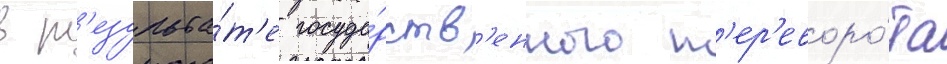
в р'езульта́т'е госуда́рств'енного п'ер'еворо́та